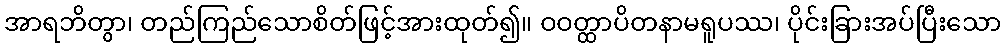
အာရဘိတွာ၊ တည်ကြည်သောစိတ်ဖြင့်အားထုတ်၍။ ဝဝတ္ထာပိတနာမရူပဿ၊ ပိုင်းခြားအပ်ပြီးသော